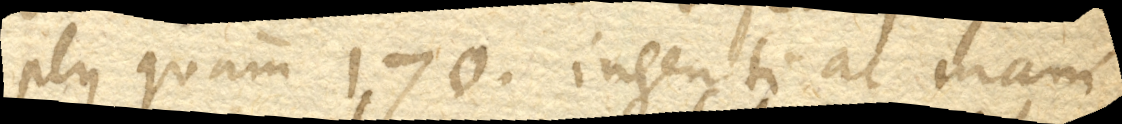
plus quam 170. ingenti ac mani-